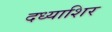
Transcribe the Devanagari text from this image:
दध्याशिर